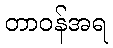
တာဝန်အရ